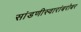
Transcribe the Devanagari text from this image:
सांडणीस्वारांबरोबर